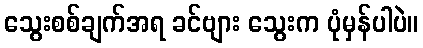
သွေးစစ်ချက်အရ ခင်ဗျား သွေးက ပုံမှန်ပါပဲ။